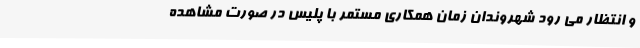
و انتظار می رود شهروندان زمان همکاری مستمر با پلیس در صورت مشاهده